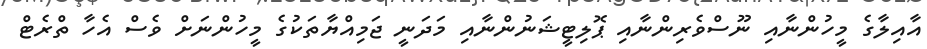
އާއިލާގެ މީހުންނާއި ނޫސްވެރިންނާއި ޕޮލިޓީޝަނުންނާއި މަދަނީ ޖަމިއްޔާތަކުގެ މީހުންނަށް ވެސް އެހާ ތްރެޓް